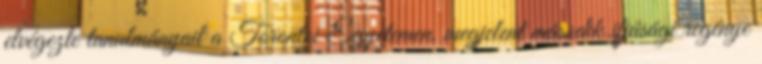
elvégezte tanulmányait a Torontoi Egyetemen, megjelent második ifjúsági regénye